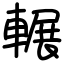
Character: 輾